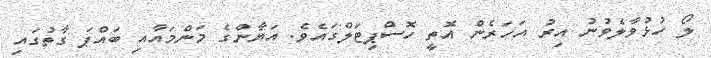
ލޯ ހުޅުވާލެވުނު އިރު އަހަރެން އޮތީ ހޮސްޕިޓަލްގައެވެ. އަޔާންގެ މަންމައާއި ބައްޕަ ގާތުގައި